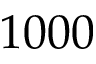
1 0 0 0